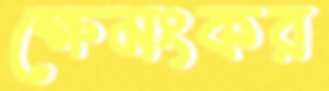
ক্ষেমংকর